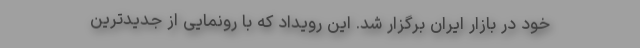
خود در بازار ایران برگزار شد. این رویداد که با رونمایی از جدیدترین